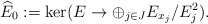
\begin{align*}\widehat{E}_0 : = \ker( E \to \oplus_{j \in J} E_{x_j}/E_j^2).\end{align*}